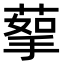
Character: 蒘